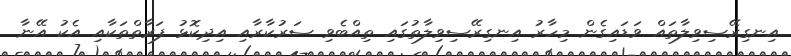
އިނގިރޭސިވިލާތައް ވަޑައިގެން މިހާރު އިނގިރޭސިވިލާތުގައި ތިއްބެވި ސަރުކާރާއި އިދިކޮޅު ފަރާތްތަކާއި އެކު އޭނާ